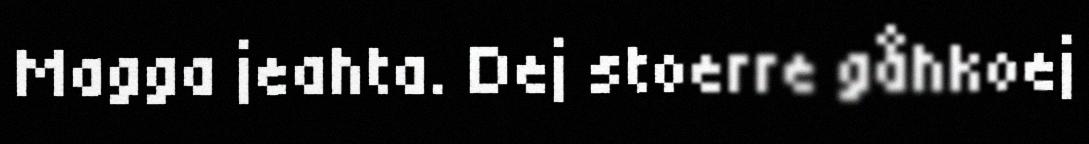
Magga jeahta. Dej stoerre gåhkoej